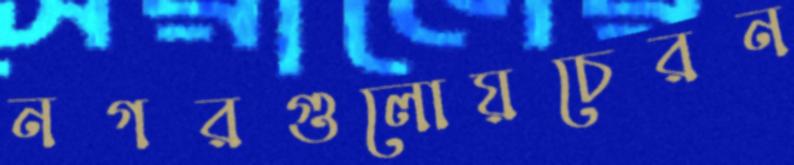
নগরগুলোয়চেরন